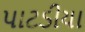
પાટડીયા